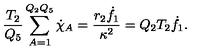
{ \frac { T _ { 2 } } { Q _ { 5 } } } \sum _ { A = 1 } ^ { Q _ { 2 } Q _ { 5 } } \dot { \chi } _ { A } = { \frac { r _ { 2 } { \dot { f } _ { 1 } } } { \kappa ^ { 2 } } } = Q _ { 2 } T _ { 2 } \dot { f } _ { 1 } .